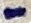
Text: -